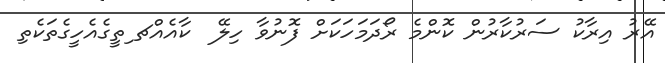
އޭރު އިރާކު ސަރުކާރުން ކޮންމެ ރޯދަމަހަކަށް ފޮނުވާ ހިލޭ  ކާއެއްޗ ިތީގެއެހީގެތަކެތި